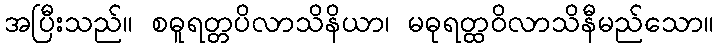
အပြီးသည်။ စဓူရတ္တပိလာသိနိယာ၊ မဓုရတ္ထဝိလာသိနီမည်သော။